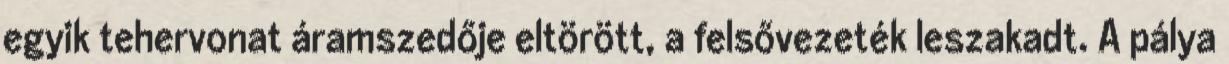
egyik tehervonat áramszedője eltörött, a felsővezeték leszakadt. A pálya